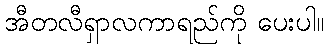
အီတလီရှာလကာရည်ကို ပေးပါ။